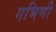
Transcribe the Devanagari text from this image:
गभिणी